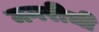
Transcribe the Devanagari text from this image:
मगरीची